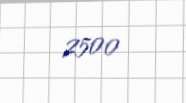
2500